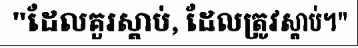
"ដែលគួរស្តាប់, ដែលត្រូវស្តាប់។"